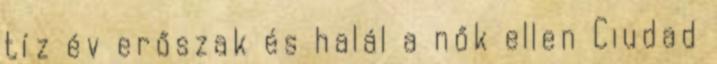
tíz év erőszak és halál a nők ellen Ciudad